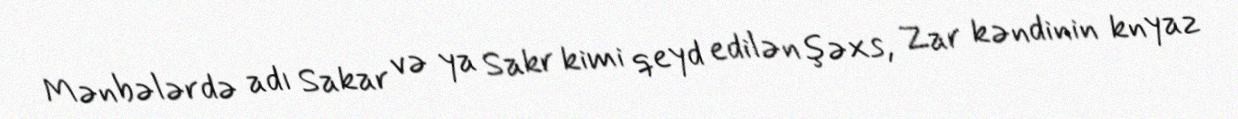
Mənbələrdə adı Sakar və ya Sakr kimi qeyd edilən şəxs, Zar kəndinin knyaz